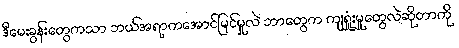
ဒီမေးခွန်းတွေကသာ ဘယ်အရာကအောင်မြင်မှုလဲ ဘာတွေက ကျရှုံးမှုတွေလဲဆိုတာကို